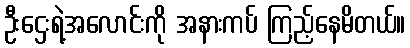
ဦးဌေးရဲ့အလောင်းကို အနားကပ် ကြည့်နေမိတယ်။